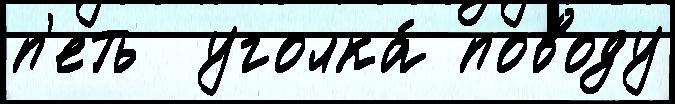
п'еть  уголка́ поводу